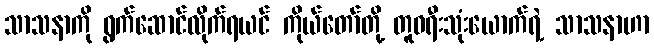
သာသနာကို ရွက်ဆောင်လိုက်ရယင် ကိုယ်တော်တို့ တူဝရီးသုံးယောက်ရဲ့ သာသနာဟာ